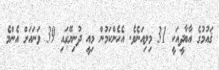
ޤައުމުގެ އާބާދީއަކީ 31 މިލިއަނެވެ. އެހެންކަމުން މިއީ ދުނިޔޭގައި 39 ވަނައަށް އެންމެ